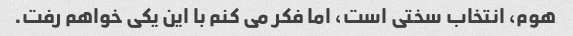
هوم، انتخاب سختی است، اما فکر می کنم با این یکی خواهم رفت.